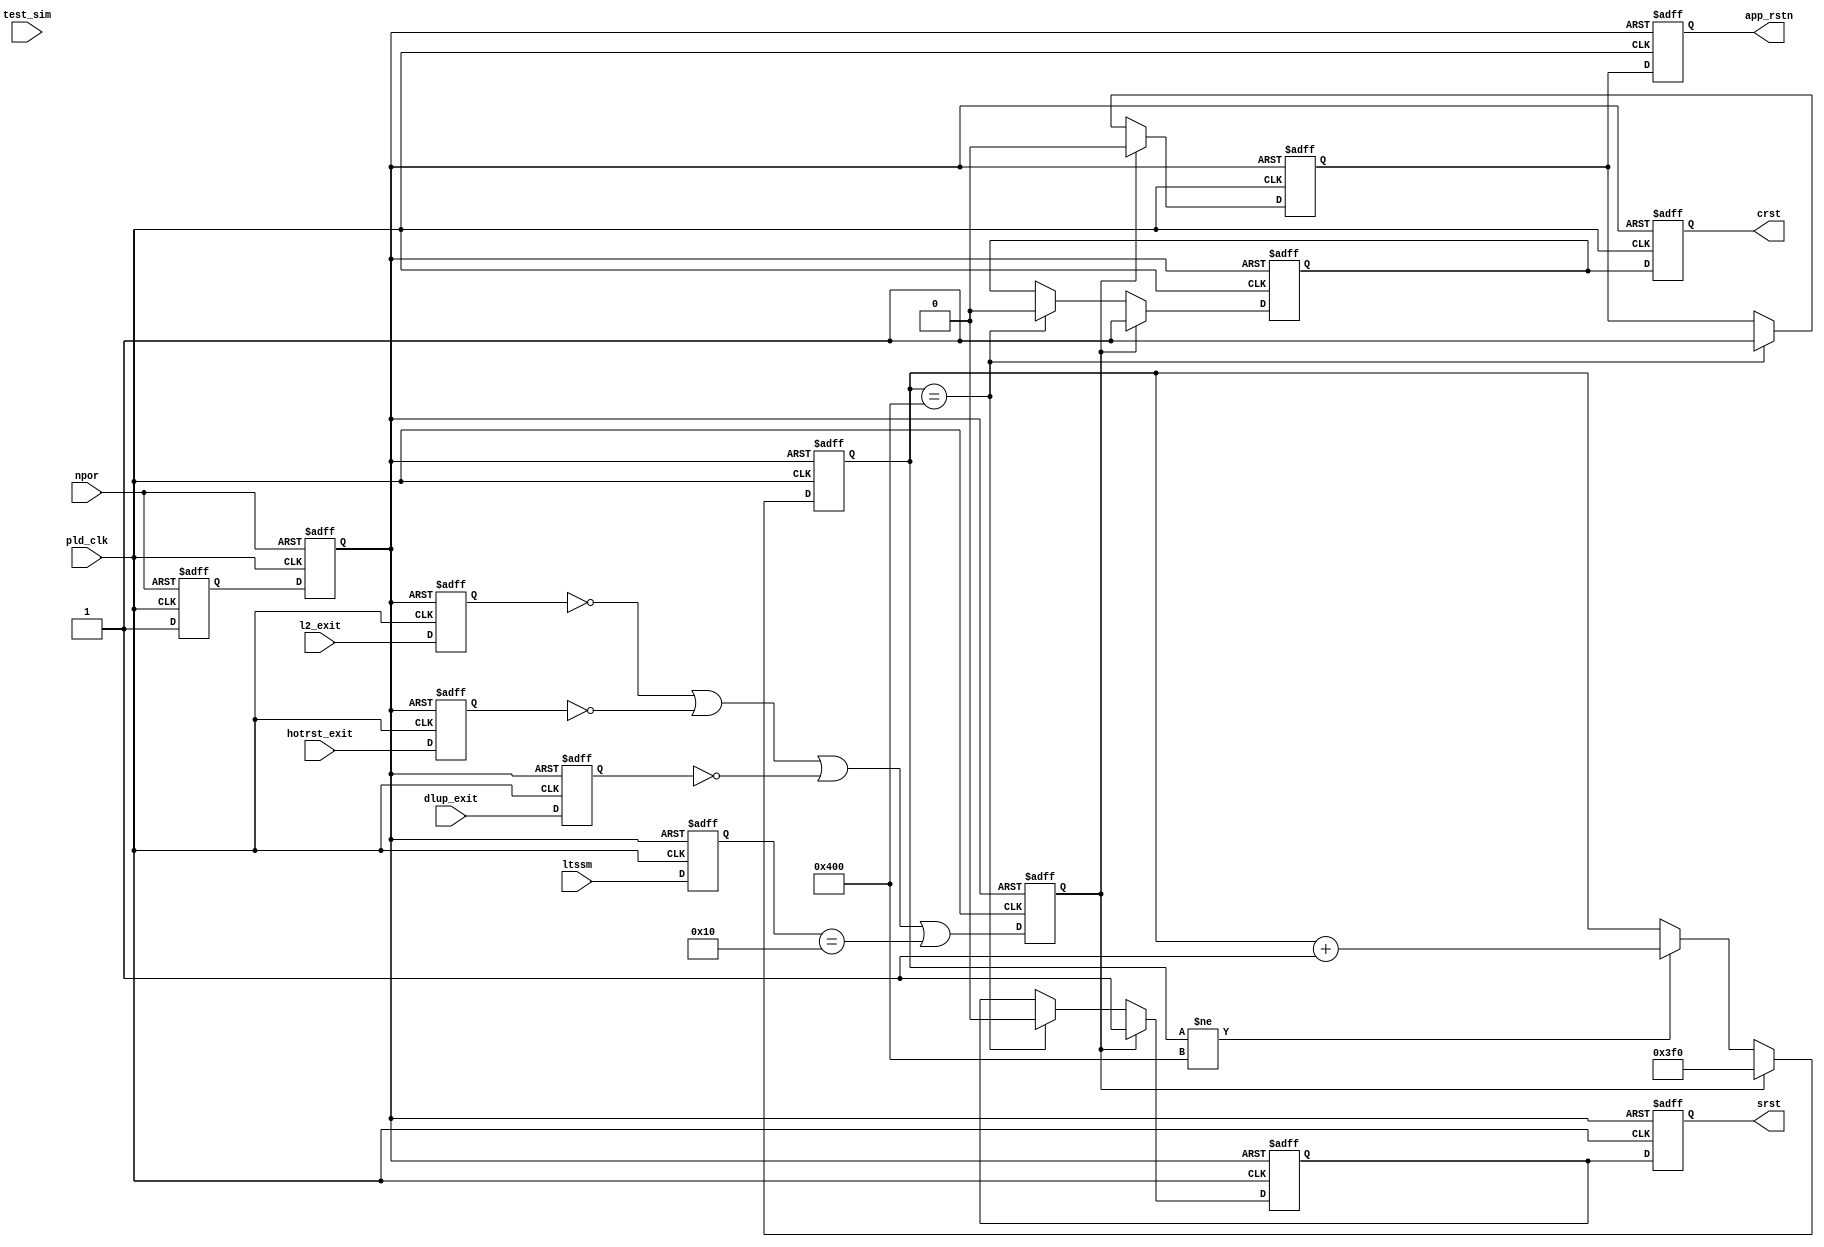
module pcie_4243_hip_s4gx_gen2_x8_128_rs_hip (
                                               // inputs:
                                                dlup_exit,
                                                hotrst_exit,
                                                l2_exit,
                                                ltssm,
                                                npor,
                                                pld_clk,
                                                test_sim,

                                               // outputs:
                                                app_rstn,
                                                crst,
                                                srst
                                             )
;

  output           app_rstn;
  output           crst;
  output           srst;
  input            dlup_exit;
  input            hotrst_exit;
  input            l2_exit;
  input   [  4: 0] ltssm;
  input            npor;
  input            pld_clk;
  input            test_sim;

  reg              any_rstn_r /* synthesis ALTERA_ATTRIBUTE = "SUPPRESS_DA_RULE_INTERNAL=R102 ; SUPPRESS_DA_RULE_INTERNAL=R101"  */;
  reg              any_rstn_rr /* synthesis ALTERA_ATTRIBUTE = "SUPPRESS_DA_RULE_INTERNAL=R102 ; SUPPRESS_DA_RULE_INTERNAL=R101"  */;
  reg              app_rstn;
  reg              app_rstn0;
  reg              crst;
  reg              crst0;
  reg     [  4: 0] dl_ltssm_r;
  reg              dlup_exit_r;
  reg              exits_r;
  reg              hotrst_exit_r;
  reg              l2_exit_r;
  wire             otb0;
  wire             otb1;
  reg     [ 10: 0] rsnt_cntn;
  reg              srst;
  reg              srst0;
  assign otb0 = 1'b0;
  assign otb1 = 1'b1;
  //pipe line exit conditions
  always @(posedge pld_clk or negedge any_rstn_rr)
    begin
      if (any_rstn_rr == 0)
        begin
          dlup_exit_r <= otb1;
          hotrst_exit_r <= otb1;
          l2_exit_r <= otb1;
          exits_r <= otb0;
        end
      else 
        begin
          dlup_exit_r <= dlup_exit;
          hotrst_exit_r <= hotrst_exit;
          l2_exit_r <= l2_exit;
          exits_r <= (l2_exit_r == 1'b0) | (hotrst_exit_r == 1'b0) | (dlup_exit_r == 1'b0) | (dl_ltssm_r == 5'h10);
        end
    end


  //LTSSM pipeline
  always @(posedge pld_clk or negedge any_rstn_rr)
    begin
      if (any_rstn_rr == 0)
          dl_ltssm_r <= 0;
      else 
        dl_ltssm_r <= ltssm;
    end


  //reset Synchronizer
  always @(posedge pld_clk or negedge npor)
    begin
      if (npor == 0)
        begin
          any_rstn_r <= 0;
          any_rstn_rr <= 0;
        end
      else 
        begin
          any_rstn_r <= 1;
          any_rstn_rr <= any_rstn_r;
        end
    end


  //reset counter
  always @(posedge pld_clk or negedge any_rstn_rr)
    begin
      if (any_rstn_rr == 0)
          rsnt_cntn <= 0;
      else if (exits_r == 1'b1)
          rsnt_cntn <= 11'h3f0;
      else if (rsnt_cntn != 11'd1024)
          rsnt_cntn <= rsnt_cntn + 1;
    end


  //sync and config reset
  always @(posedge pld_clk or negedge any_rstn_rr)
    begin
      if (any_rstn_rr == 0)
        begin
          app_rstn0 <= 0;
          srst0 <= 1;
          crst0 <= 1;
        end
      else if (exits_r == 1'b1)
        begin
          srst0 <= 1;
          crst0 <= 1;
          app_rstn0 <= 0;
        end
      else // synthesis translate_off
      if ((test_sim == 1'b1) & (rsnt_cntn >= 11'd32))
        begin
          srst0 <= 0;
          crst0 <= 0;
          app_rstn0 <= 1;
        end
      else // synthesis translate_on
      if (rsnt_cntn == 11'd1024)
        begin
          srst0 <= 0;
          crst0 <= 0;
          app_rstn0 <= 1;
        end
    end


  //sync and config reset pipeline
  always @(posedge pld_clk or negedge any_rstn_rr)
    begin
      if (any_rstn_rr == 0)
        begin
          app_rstn <= 0;
          srst <= 1;
          crst <= 1;
        end
      else 
        begin
          app_rstn <= app_rstn0;
          srst <= srst0;
          crst <= crst0;
        end
    end



endmodule